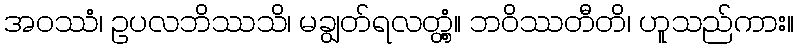
အဝဿံ၊ ဥပလဘိဿသိ၊ မချွတ်ရလတ္တံ့။ ဘဝိဿတီတိ၊ ဟူသည်ကား။